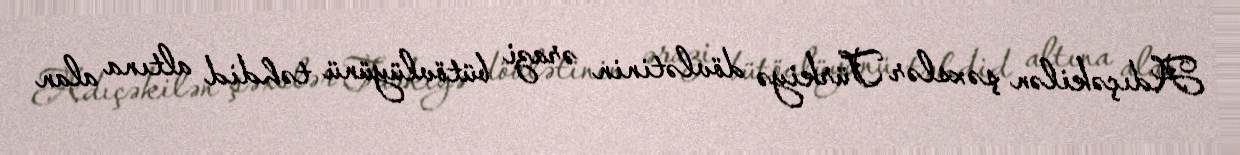
Adıçəkilən şəxslər Türkiyə dövlətinin ərazi bütövlüyünü təhdid altına alan